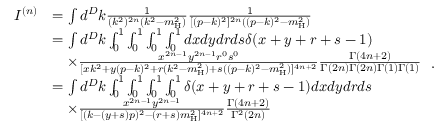
\begin{array} { r l } { I ^ { ( n ) } } & { = \int d ^ { D } k \frac { 1 } { ( k ^ { 2 } ) ^ { 2 n } ( k ^ { 2 } - m _ { \mathrm { H } } ^ { 2 } ) } \frac { 1 } { [ ( p - k ) ^ { 2 } ] ^ { 2 n } ( ( p - k ) ^ { 2 } - m _ { \mathrm { H } } ^ { 2 } ) } } \\ & { = \int d ^ { D } k \int _ { 0 } ^ { 1 } \int _ { 0 } ^ { 1 } \int _ { 0 } ^ { 1 } \int _ { 0 } ^ { 1 } d x d y d r d s \delta ( x + y + r + s - 1 ) } \\ & { \quad \times \frac { x ^ { 2 n - 1 } y ^ { 2 n - 1 } r ^ { 0 } s ^ { 0 } } { [ x k ^ { 2 } + y ( p - k ) ^ { 2 } + r ( k ^ { 2 } - m _ { \mathrm { H } } ^ { 2 } ) + s ( ( p - k ) ^ { 2 } - m _ { \mathrm { H } } ^ { 2 } ) ] ^ { 4 n + 2 } } \frac { \Gamma ( 4 n + 2 ) } { \Gamma ( 2 n ) \Gamma ( 2 n ) \Gamma ( 1 ) \Gamma ( 1 ) } } \\ & { = \int d ^ { D } k \int _ { 0 } ^ { 1 } \int _ { 0 } ^ { 1 } \int _ { 0 } ^ { 1 } \int _ { 0 } ^ { 1 } \delta ( x + y + r + s - 1 ) d x d y d r d s } \\ & { \quad \times \frac { x ^ { 2 n - 1 } y ^ { 2 n - 1 } } { [ ( k - ( y + s ) p ) ^ { 2 } - ( r + s ) m _ { \mathrm { H } } ^ { 2 } ] ^ { 4 n + 2 } } \frac { \Gamma ( 4 n + 2 ) } { \Gamma ^ { 2 } ( 2 n ) } } \end{array} \, .